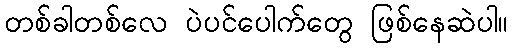
တစ်ခါတစ်လေ ပဲပင်ပေါက်တွေ ဖြစ်နေဆဲပါ။